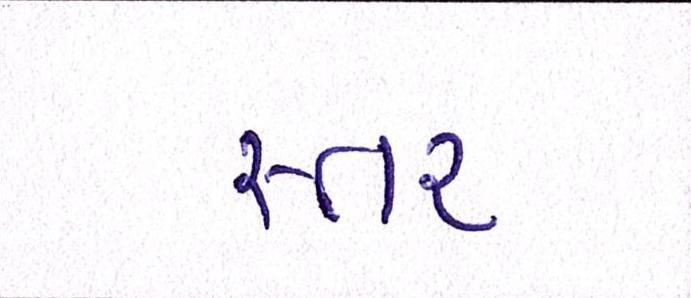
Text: સ્તર